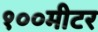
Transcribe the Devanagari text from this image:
१००मीटर